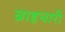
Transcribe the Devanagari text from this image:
ब्राहृचारी